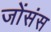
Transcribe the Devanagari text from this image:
जोंसंस